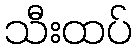
သီးထပ်